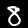
Label: 8